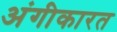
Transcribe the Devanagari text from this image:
अंगीकारत